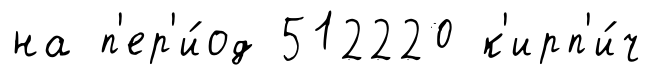
на п'ер'и́од 512220 к'ирп'и́ч